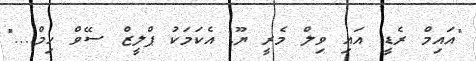
"އައިމް ރެޑީ. އައި ވިލް މެރީ ޔޫ. އެކަމަކު ޕްލީޒް ސޭވް ހިމް...."